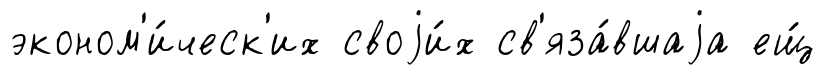
эконом'и́ческ'их своjи́х св'яза́вшаjа ещ́